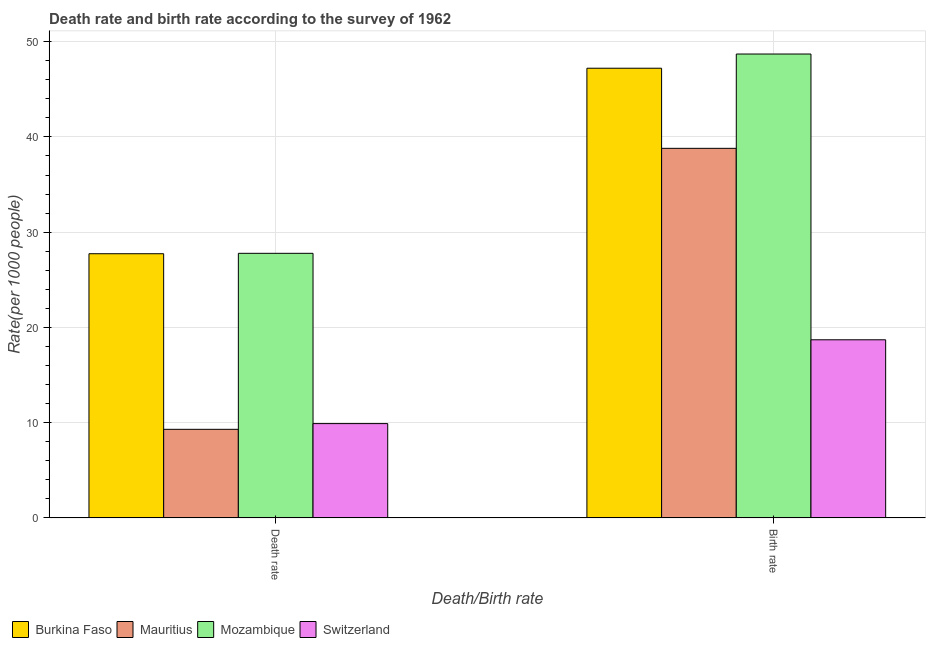
| Death/Birth rate | Burkina Faso | Mauritius | Mozambique | Switzerland |
 | --- | --- | --- | --- | --- |
 | Death rate | 27.7 | 9.3 | 27.8 | 9.9 |
 | Birth rate | 47.2 | 38.8 | 48.7 | 18.7 |